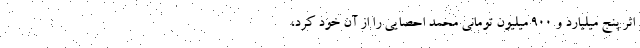
اثر پنج میلیارد و ۹۰۰ میلیون تومانی محمد احصایی را از آن خود کرد،